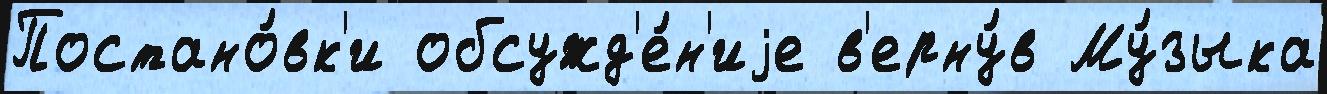
Постано́вк'и обсужд'е́н'иjе в'ерну́в Му́зыка